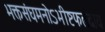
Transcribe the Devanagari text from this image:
भक्तसंघमनोऽभीष्टफलदाय